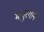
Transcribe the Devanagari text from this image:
मधुरगान